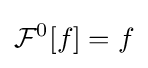
{\mathcal {F}}^{0}[f]=f